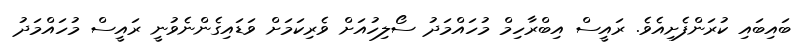
ބައިބައި ކުރަންފެށިއެވެ. ރައީސް އިބްރާހިމް މުހައްމަދު ސޯލިހުއަށް ވެރިކަމަށް ވަޑައިގެންނެވުނީ ރައީސް މުހައްމަދު